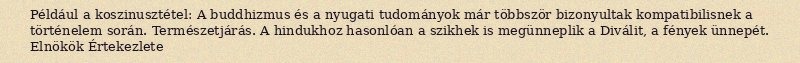
Például a koszinusztétel: A buddhizmus és a nyugati tudományok már többször bizonyultak kompatibilisnek a történelem során. Természetjárás. A hindukhoz hasonlóan a szikhek is megünneplik a Diválit, a fények ünnepét. Elnökök Értekezlete